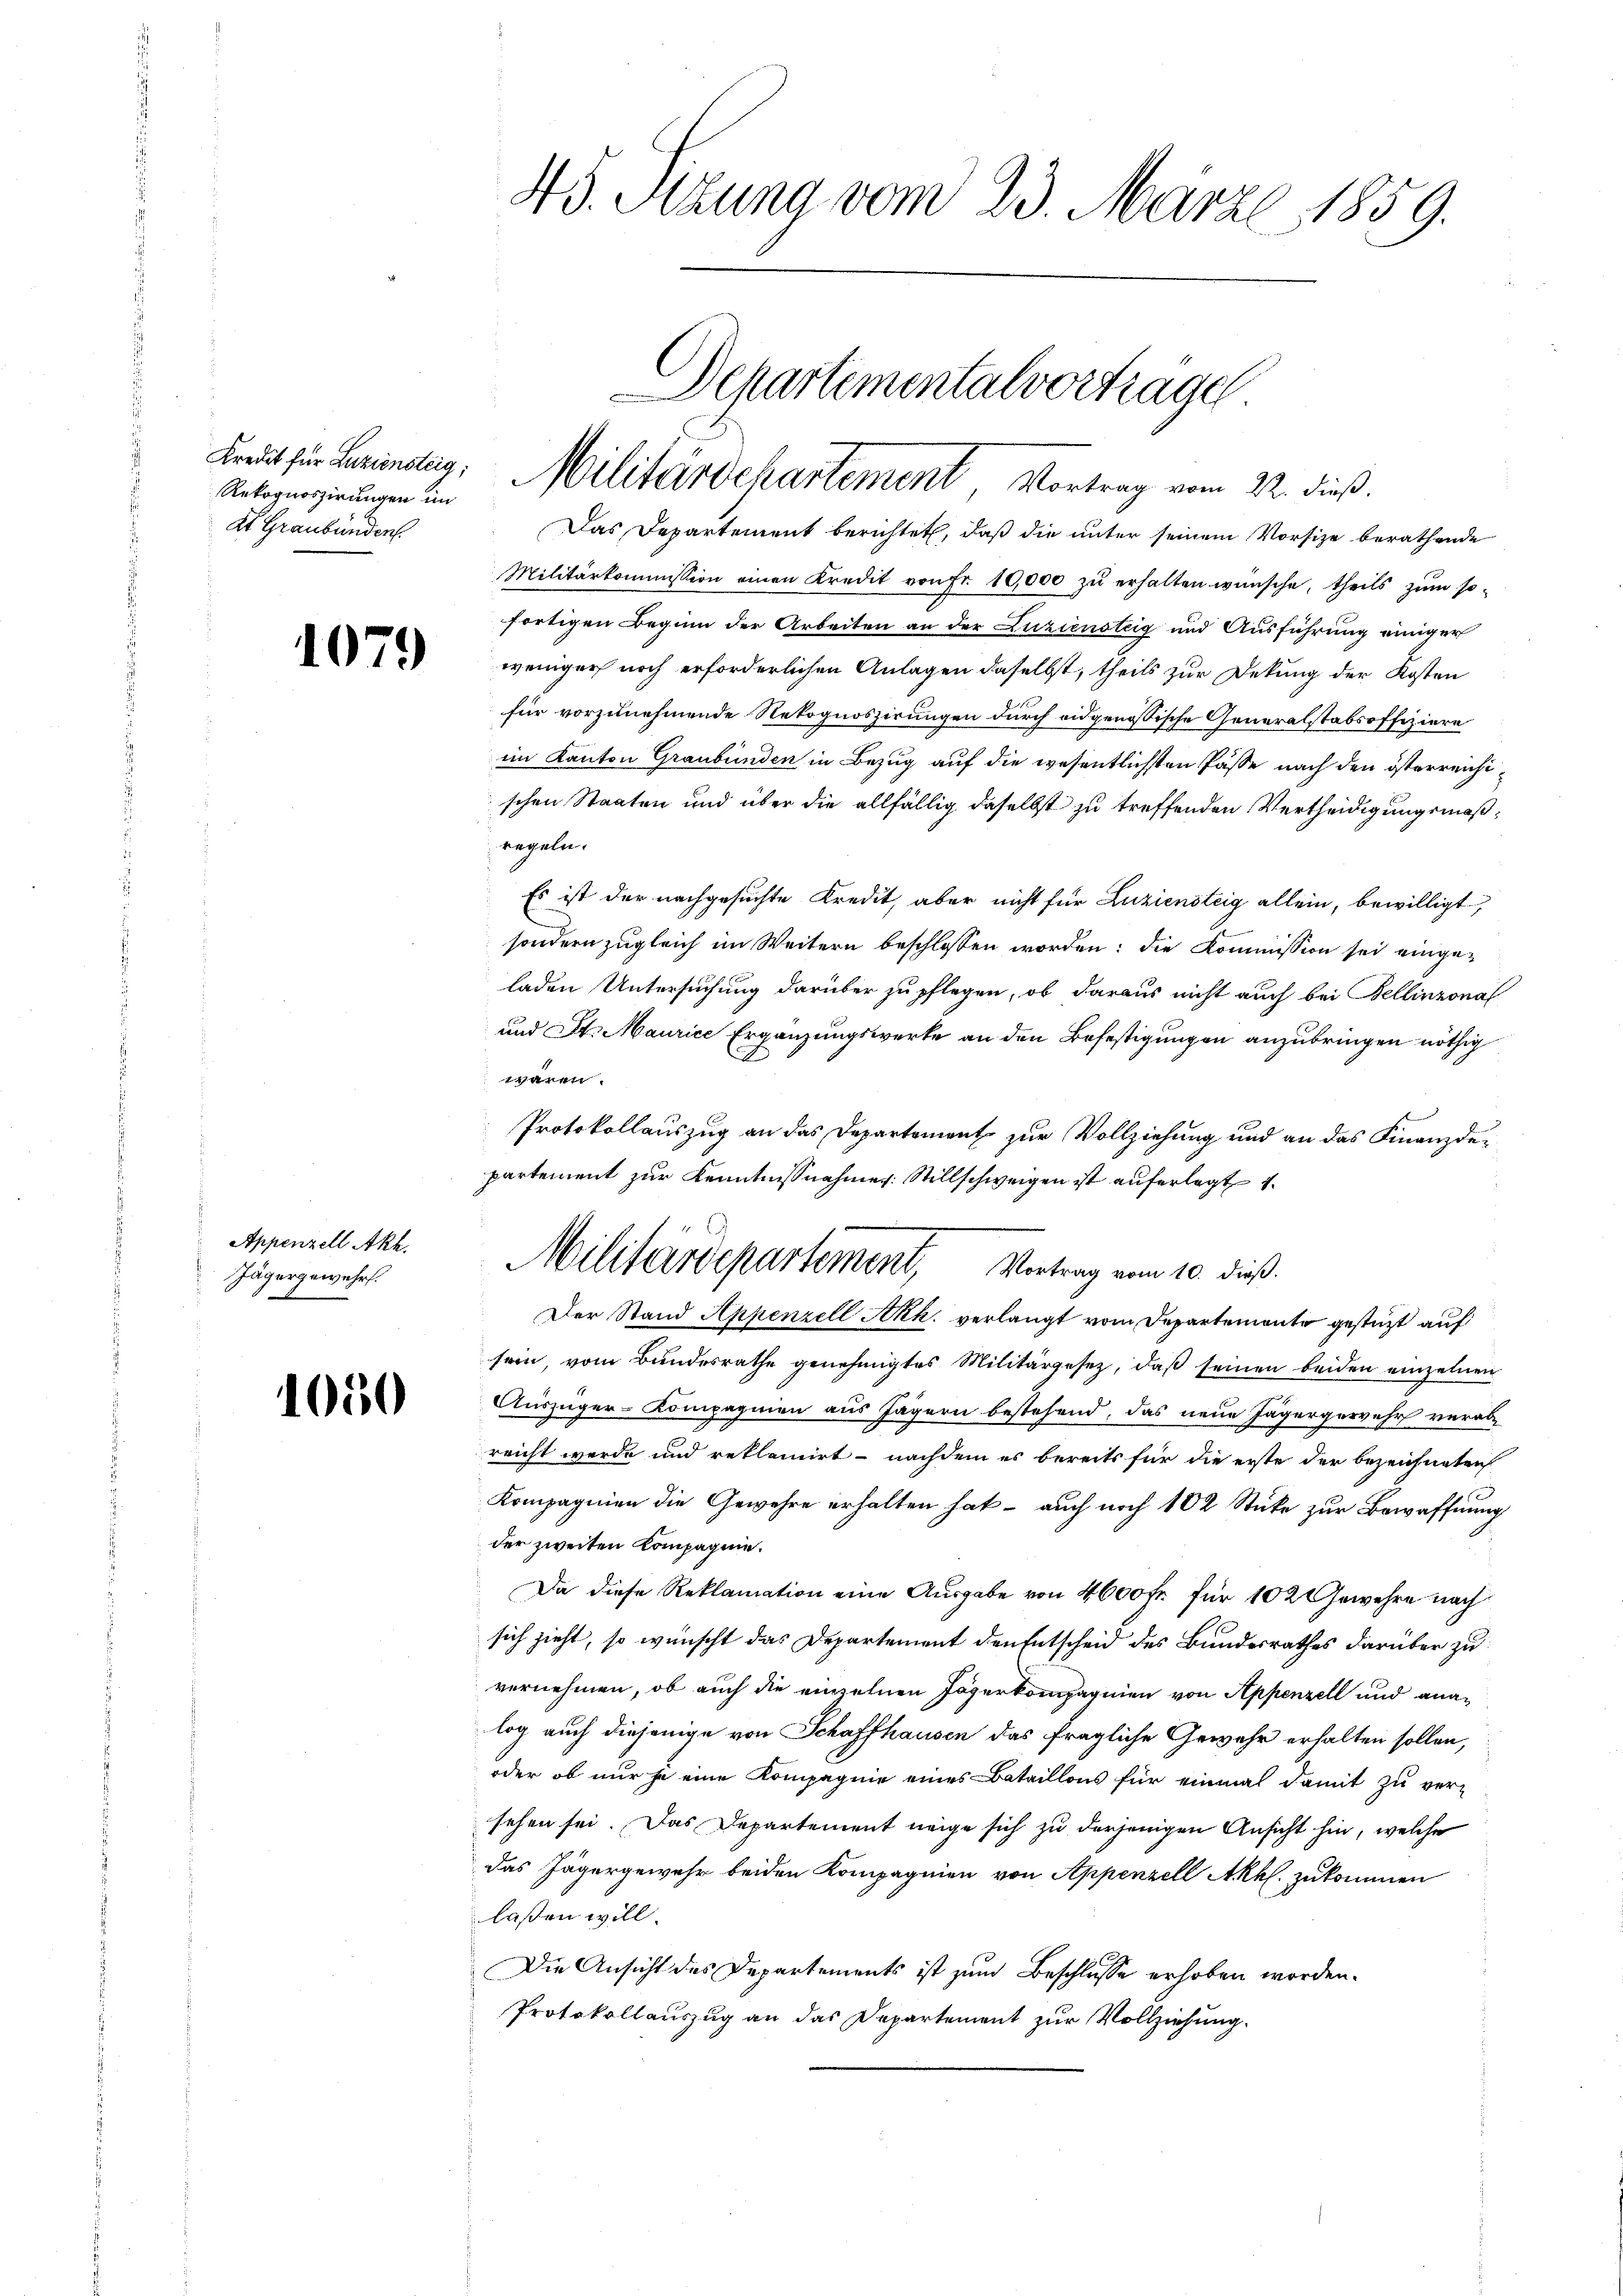
Rekognoszirungen im
2t Graubünden.

1079

Appenzell Akh.
Jägergewehr.

1050

45. Sizung vom 23. März 1859.

Departementalverträge
Kredit für Bezienstag: Militärdekartement, Vortrag vom 22. dieß.

Das Departement berichtet, daß die unter seinem Vorsize berathende
Militärkommission einen Kredit von Fr. 10,000 zŭ erhalten wünsche, theils zum so
fortigen Beginn der Arbeiten an der Luziensteig und Ausführung einiger
weniger noch erforderlichen Anlagen daselbst, theils zur Dekung der Kosten
für vorzunehmende Rekognoszirungen durch eidgenössische Generalstabsoffiziere
im Kanton Graubünden in Bezug auf die wesentlichsten Pässe nach den österreichischen Staaten und über die allfällig daselbst zu treffenden Vertheidigungsmäßregeln.
Es ist der nachgesuchte Kredit, aber nicht für Luziensteig allein, bewilligt,
sondern zugleich im Weitern beschlossen worden: die Kommission sei eingeladen Untersuchung darüber zu pflegen, ob daraus nicht auch bei Bellinzonal
und St. Maurice Ergänzungswerke an den Befestigungen anzubringen nöthig
wären.
Protokollauszug an das Departement zur Vollziehung und an das Finanzdepartement zur Kenntnißnahmer. Stillschweigen ist auferlegt 1.
sein, vom Bundesrathe genehmigtes Militärgesetz, daß seinen beiden einzelnen
Auszüger-Kompagnien aus Jägern bestehend, das neue Jägergerwehr verab
reicht werde und reklamirt - nachdem es bereits für die erste der bezeichneten
Kompagnien die Gewehre erhalten hat – auch noch 102 Stücke zur Bewaffnung
der zweiten Kompagnie.
Da diese Reklamation eine Ausgabe von 4600 fr. für 102 Gewehre nach
sich zieht, so wünscht das Departement den Entscheid des Bundesrathes darüber zu
vernehmen, ob auch die einzelnen Jägerkompagnien von Appenzell und ana-
log auch diejenige von Schaffhausen das fragliche Gewehr erhalten sollen,
oder ob nur je eine Kompagnie eines Bataillons für einmal damit zu versehen sei. Das Departement weige sich zu derjenigen Ansicht hin, welche
das Jägergewehr beiden Kompagnien von Appenzell Akhl. zukommen
laßen will.
Die Ansicht des Departements ist zum Beschlusse erhoben worden.
Protokollauszug an das Departement zur Vollziehung.

Militärdepartement, Vortrag vom 10. dieß.
Der Stand Appenzell Akh. verlangt vom Departemente gestüzt auf